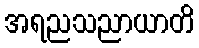
အရညသညာယာတိ